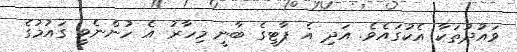
ވައުދުތަކާ އެކުގައެވެ. އަދި އެ ޕާޓީގެ ބާނީ މިހާރު އެ ހުންނެވީ ގައުމުގެ